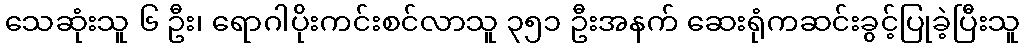
သေဆုံးသူ ၆ ဦး၊ ရောဂါပိုးကင်းစင်လာသူ ၃၅၁ ဦးအနက် ဆေးရုံကဆင်းခွင့်ပြုခဲ့ပြီးသူ